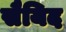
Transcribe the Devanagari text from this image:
सैयिद